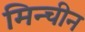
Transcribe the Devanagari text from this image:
मिन्चीन